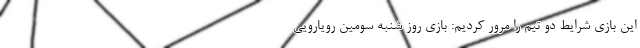
این بازی شرایط دو تیم را مرور کردیم: بازی روز شنبه سومین رویارویی